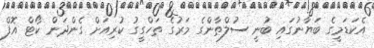
އެކަޑަމީގެ ބަޔާނުގައި ބުނީ ސުލްޠާންގެ މަރުގެ ތަހްގީގު ކުރިއަށް ގެންދަން ކޯޓް އޮފް